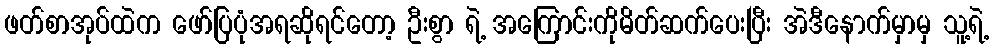
ဖတ်စာအုပ်ထဲက ဖော်ပြပုံအရဆိုရင်တော့ ဦးစွာ ရဲ့ အကြောင်းကိုမိတ်ဆက်ပေးပြီး အဲဒီနောက်မှာမှ သူ့ရဲ့